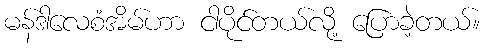
မန်ဒါလေစံအိမ်ဟာ ငါပိုင်တယ်လို့ ပြောခဲ့တယ်။